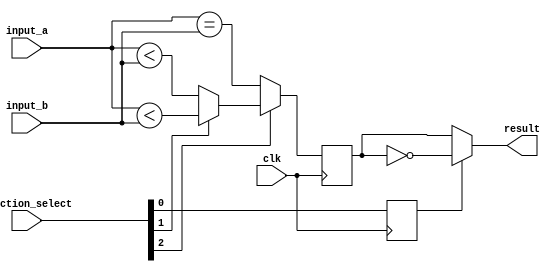
module cmp (
    `ifdef USE_POWER_PINS
    inout vccd1,	// User area 1 1.8V supply
    inout vssd1,	// User area 1 digital ground
    `endif
    input clk,
    input [31:0] input_a,
    input [31:0] input_b,
    input [2:0] function_select,
    output reg result
);

    reg negate;
    reg quasi_result;
    wire usign = function_select[1];
    wire less = function_select[2];
    wire is_equal = (input_a == input_b);
    wire is_less = usign ? (input_a < input_b) : ($signed(input_a) < $signed(input_b));

    always @(posedge clk) begin
        negate <= function_select[0];
        quasi_result <= (less ? is_less : is_equal);
    end

    assign result = negate ? ~quasi_result : quasi_result;
endmodule